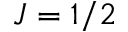
J = 1 / 2